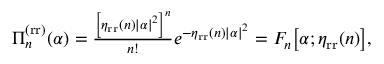
\begin{array} { r } { \Pi _ { n } ^ { \mathrm { ( r r ) } } ( \alpha ) = \frac { \left[ \eta _ { \mathrm { r r } } ( n ) | \alpha | ^ { 2 } \right] ^ { n } } { n ! } e ^ { - \eta _ { \mathrm { r r } } ( n ) | \alpha | ^ { 2 } } = F _ { n } \big [ \alpha ; \eta _ { \mathrm { r r } } ( n ) \big ] , } \end{array}